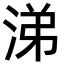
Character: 涕